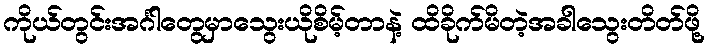
ကိုယ်တွင်းအင်္ဂါတွေမှာသွေးယိုစိမ့်တာနဲ့ ထိခိုက်မိတဲ့အခါသွေးတိတ်ဖို့